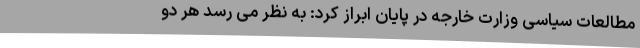
مطالعات سیاسی وزارت خارجه در پایان ابراز کرد: به نظر می رسد هر دو